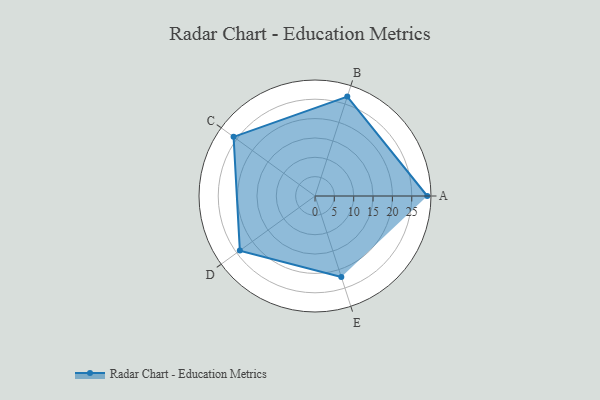
{"axis": {"x": "Skill", "y": "Score"}, "legend": ["Profile"], "data": [{"x": "A", "y": 29.0, "type": "Profile"}, {"x": "B", "y": 27.0, "type": "Profile"}, {"x": "C", "y": 26.0, "type": "Profile"}, {"x": "D", "y": 24.0, "type": "Profile"}, {"x": "E", "y": 22.0, "type": "Profile"}]}